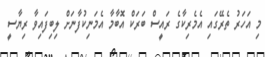
މި އަހަރު ތެރޭގައި އެމެރިކާގެ ރައީސް ބަރަކް އޮބާމާ އެމަނިކުފާނަށް ލިބިފައިވާ ރިޔާސީ